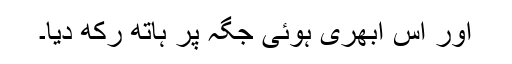
اور اس ابھری ہوئی جگہ پر ہاتھ رکھ دیا۔